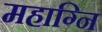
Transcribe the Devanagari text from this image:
महाग्नि